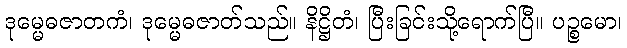
ဒုမ္မေဓဇာတကံ၊ ဒုမ္မေဓဇာတ်သည်။ နိဋ္ဌိတံ၊ ပြီးခြင်းသို့ရောက်ပြီ။ ပဉ္စမော၊